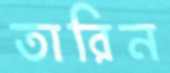
তারিন